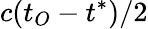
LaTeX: c(t_{O}-t^{*})/2